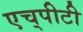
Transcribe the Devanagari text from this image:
एच्‌पीटी